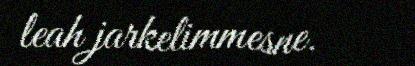
leah jarkelimmesne.